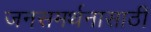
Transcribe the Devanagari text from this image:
जनसमर्थनासाठी